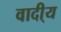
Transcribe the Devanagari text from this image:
वादी्य